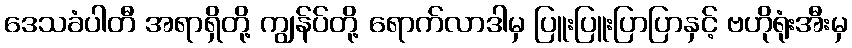
ဒေသခံပါတီ အရာရှိတို့ ကျွန်ပ်တို့ ရောက်လာဒါမှ ပြူးပြူးပြာပြာနှင့် ဗဟိုရုံးအီးမှ